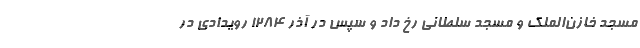
مسجد خازن‌الملک و مسجد سلطانی رخ داد و سپس در آذر 1284 رویدادی در